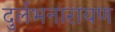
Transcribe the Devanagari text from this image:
दुर्लभनारायण